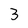
Character: 3